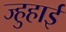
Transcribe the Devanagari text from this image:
ज्हुहाई